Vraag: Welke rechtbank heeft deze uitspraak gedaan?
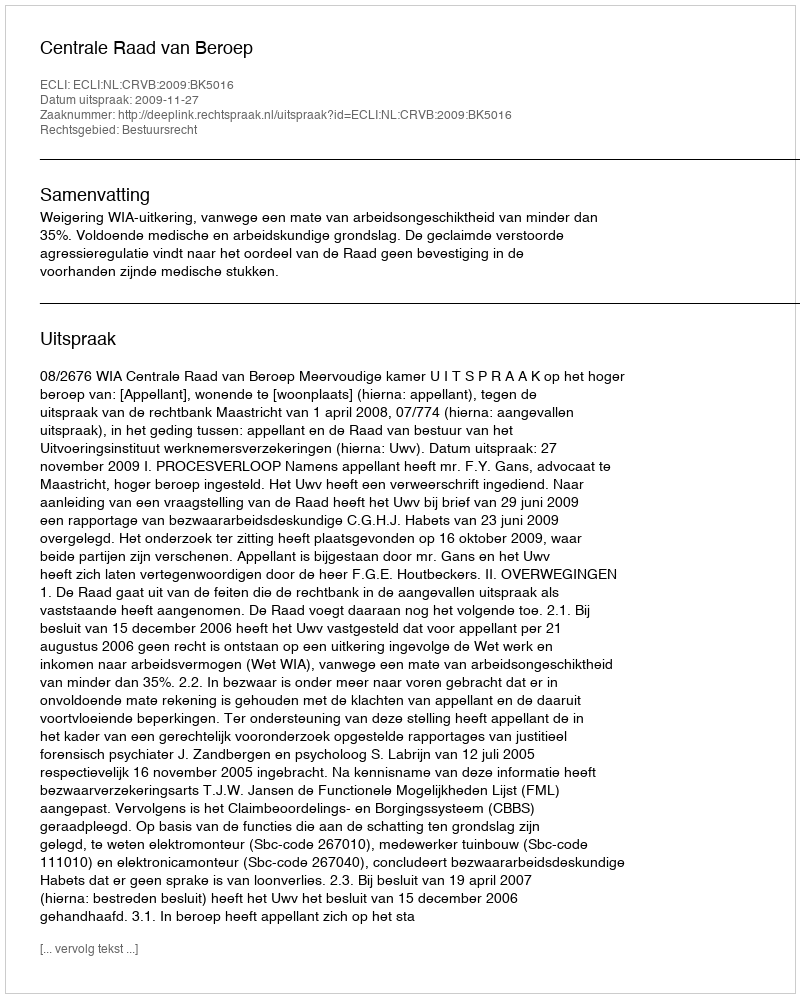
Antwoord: Centrale Raad van Beroep